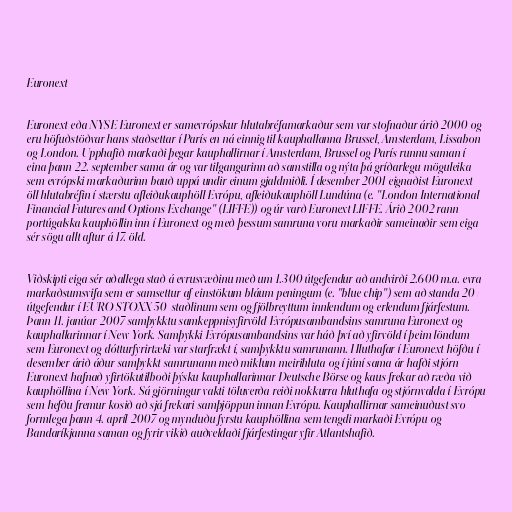
Euronext

Euronext eða NYSE Euronext er samevrópskur hlutabréfamarkaður sem var stofnaður árið 2000 og
eru höfuðstöðvar hans staðsettar í París en ná einnig til kauphallanna Brussel, Amsterdam, Lissabon
og London. Upphafið markaði þegar kauphallirnar í Amsterdam, Brussel og París runnu saman í
eina þann 22. september sama ár og var tilgangurinn að samstilla og nýta þá gríðarlegu möguleika
sem evrópski markaðurinn bauð uppá undir einum gjaldmiðli. Í desember 2001 eignaðist Euronext
öll hlutabréfin í stærstu afleiðukauphöll Evrópu, afleiðukauphöll Lundúna (e. "London International
Financial Futures and Options Exchange" (LIFFE)) og úr varð Euronext LIFFE. Árið 2002 rann
portúgalska kauphöllin inn í Euronext og með þessum samruna voru markaðir sameinaðir sem eiga
sér sögu allt aftur á 17. öld.

Viðskipti eiga sér aðallega stað á evrusvæðinu með um 1.300 útgefendur að andvirði 2.600 m.a. evra
markaðsumsvifa sem er samsettur af einstökum bláum peningum (e. "blue chip") sem að standa 20+
útgefendur í EURO STOXX 50-staðlinum sem og fjölbreyttum innlendum og erlendum fjárfestum.
Þann 11. janúar 2007 samþykktu samkeppnisyfirvöld Evrópusambandsins samruna Euronext og
kauphallarinnar í New York. Samþykki Evrópusambandsins var háð því að yfirvöld í þeim löndum
sem Euronext og dótturfyrirtæki var starfrækt í, samþykktu samrunann. Hluthafar í Euronext höfðu í
desember árið áður samþykkt samrunann með miklum meirihluta og í júní sama ár hafði stjórn
Euronext hafnað yfirtökutilboði þýsku kauphallarinnar Deutsche Börse og kaus frekar að ræða við
kauphöllina í New York. Sá gjörningur vakti töluverða reiði nokkurra hluthafa og stjórnvalda í Evrópu
sem hefðu fremur kosið að sjá frekari samþjöppun innan Evrópu. Kauphallirnar sameinuðust svo
formlega þann 4. apríl 2007 og mynduðu fyrstu kauphöllina sem tengdi markaði Evrópu og
Bandaríkjanna saman og fyrir vikið auðveldaði fjárfestingar yfir Atlantshafið.